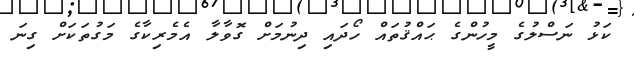
ކަޅު ނަސްލުގެ މީހުންގެ ޙައްޤުތައް ހޯދައި ދިނުމަށް ގޮވާލާ އެމެރިކާގެ މަގުތަކަށް ގިނަ